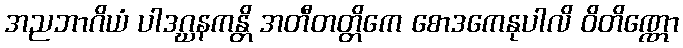
အညဘာဂိယံ ပါဒဂ္ဃနကန္တိ အတီတတ္တိကေ စောဒကေနုပါလိ ဝိတိဏ္ဏော